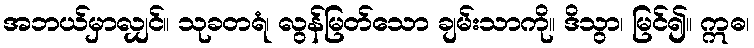
အဘယ်မှာလျှင်။ သုခတရံ၊ လွန်မြတ်သော ချမ်းသာကို။ ဒိသွာ၊ မြင်၍။ ဣဓ၊